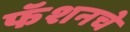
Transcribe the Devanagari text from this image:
फॅशनचे